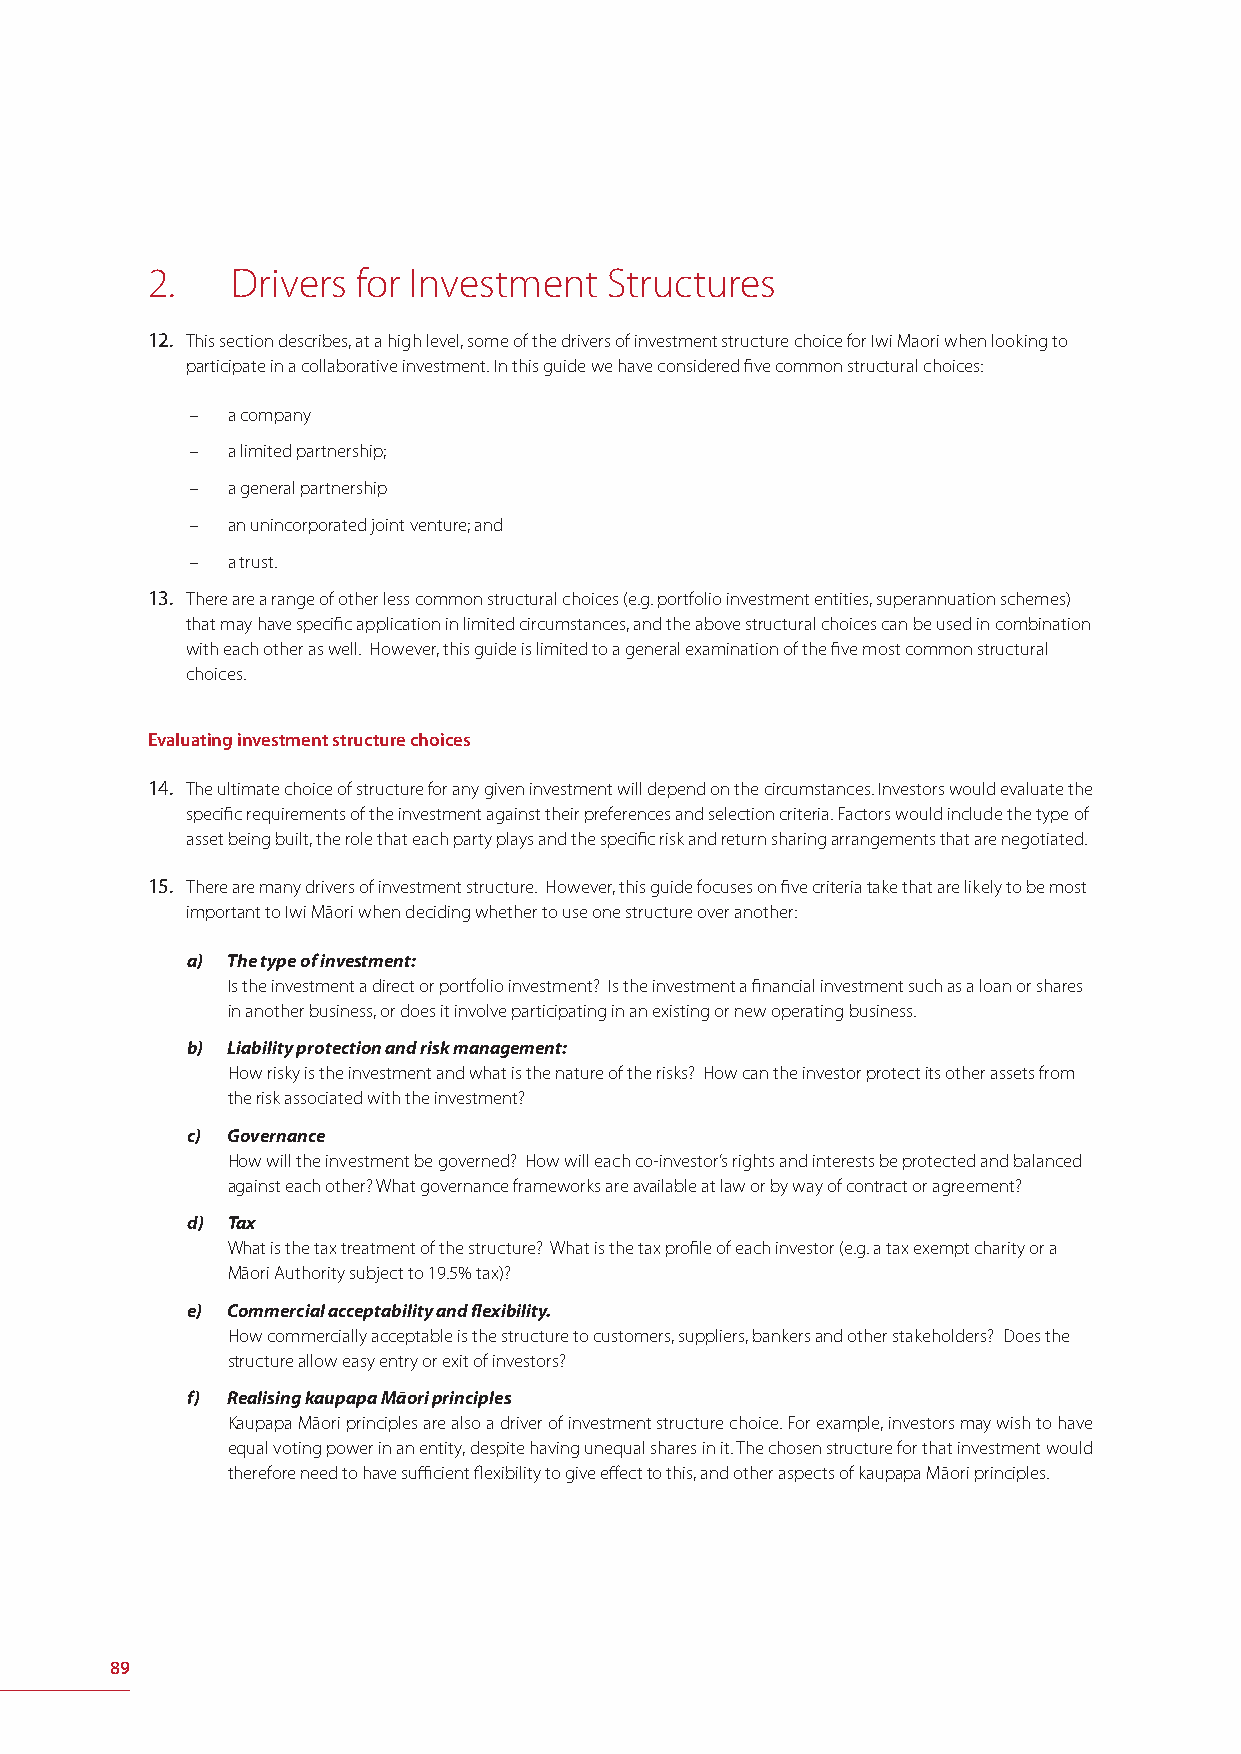
2.   Drivers  for Investment  Structures
 12. This section describes, at a high level, some of the drivers of investment structure choice for Iwi Maori when looking to
 participate in a collaborative investment. In this guide we have considered fi ve common structural choices:
 – a company
 – a limited partnership;
 – a general partnership
 – an unincorporated joint venture; and
 – a trust.
 13. There are a range of other less common structural choices (e.g. portfolio investment entities, superannuation schemes)
 that may have specifi c application in limited circumstances, and the above structural choices can be used in combination
 with each other as well. However, this guide is limited to a general examination of the fi ve most common structural
 choices.
 Evaluating investment structure choices
 14. The ultimate choice of structure for any given investment will depend on the circumstances. Investors would evaluate the
 specifi c requirements of the investment against their preferences and selection criteria. Factors would include the type of
 asset being built, the role that each party plays and the specifi c risk and return sharing arrangements that are negotiated.
 15. There are many drivers of investment structure. However, this guide focuses on fi ve criteria take that are likely to be most
 important to Iwi Māori when deciding whether to use one structure over another:
 a) The type of investment:
 Is the investment a direct or portfolio investment? Is the investment a fi nancial investment such as a loan or shares
 in another business, or does it involve participating in an existing or new operating business.
 b) Liability protection and risk management:
 How risky is the investment and what is the nature of the risks? How can the investor protect its other assets from
 the risk associated with the investment?
 c) Governance
 How will the investment be governed? How will each co-investor’s rights and interests be protected and balanced
 against each other? What governance frameworks are available at law or by way of contract or agreement?
 d) Tax
 What is the tax treatment of the structure? What is the tax profi le of each investor (e.g. a tax exempt charity or a
 Māori Authority subject to 19.5% tax)?
 e) Commercial acceptability and fl exibility.
 How commercially acceptable is the structure to customers, suppliers, bankers and other stakeholders? Does the
 structure allow easy entry or exit of investors?
 f) Realising kaupapa Māori principles
 Kaupapa Māori principles are also a driver of investment structure choice. For example, investors may wish to have
 equal voting power in an entity, despite having unequal shares in it. The chosen structure for that investment would
 therefore need to have suffi cient fl exibility to give eff ect to this, and other aspects of kaupapa Māori principles.
 89